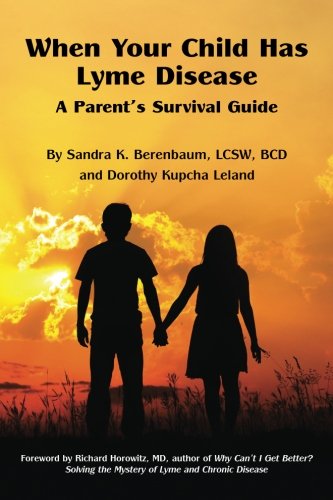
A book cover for When Your Child Has Lyme Disease: A Parent's Survival Guide; Sandra K Berenbaum; Health, Fitness & Dieting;